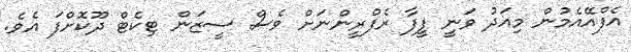
އެފްއޭއެމުން މިއަދު ވަނީ ފީފާ ރެފްރީންނަށް ވެސް ސީޒަން ޓިކެޓް ދޫކޮށްފަ އެވެ.